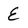
Character: E